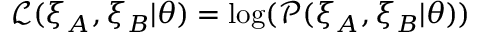
\mathcal { L } ( \xi _ { A } , \xi _ { B } | \theta ) = \log ( \mathcal { P } ( \xi _ { A } , \xi _ { B } | \theta ) )